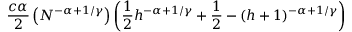
\frac { c \alpha } { 2 } \left( N ^ { - \alpha + 1 / \gamma } \right) \left( \frac { 1 } { 2 } h ^ { - \alpha + 1 / \gamma } + \frac { 1 } { 2 } - ( h + 1 ) ^ { - \alpha + 1 / \gamma } \right)